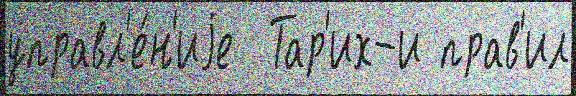
управл'е́н'иjе  Тар'их-и прав'ил